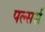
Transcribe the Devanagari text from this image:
पल्सर्स